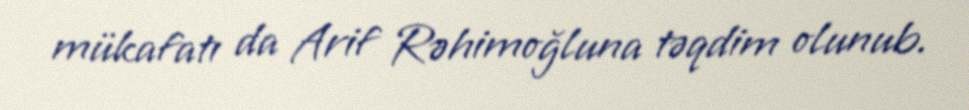
mükafatı da Arif Rəhimoğluna təqdim olunub.